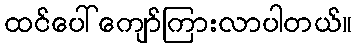
ထင်ပေါ်ကျော်ကြားလာပါတယ်။